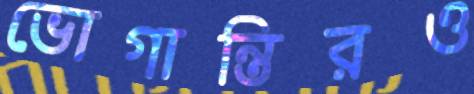
ভোগান্তিরও